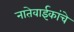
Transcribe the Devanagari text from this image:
नातेवाईकांचे